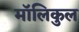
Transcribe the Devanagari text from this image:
मॉलिकुल